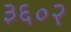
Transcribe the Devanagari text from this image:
३६०२